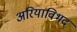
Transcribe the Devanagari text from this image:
अरियाविभद